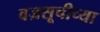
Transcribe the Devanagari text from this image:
वज्रसूचीच्या